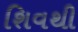
શિવથી